Report on the bubonic plague in Bombay, 1896-1897
Year: 1896
Disease focus: Plague
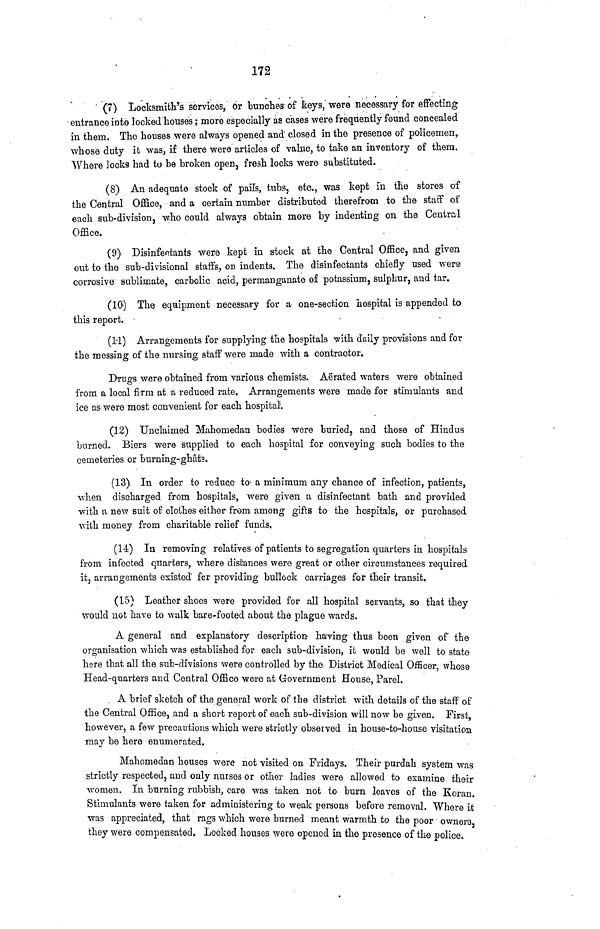
172
(7) Locksmith's services, or bunches of keys, were necessary for effecting
entrance into locked houses ; more especially as cases were frequently found concealed
in them. The houses were always opened and closed in the presence of policemen,
whose duty it was, if there were articles of value, to take an inventory of them.
Where locks had to be broken open, fresh locks were substituted.
(8) An adequate stock of pails, tubs, etc., was kept in the stores of
the Central Office, and a certain number distributed therefrom to the staff of
each sub-division, who could always obtain more by indenting on the Central
Office.
(9) Disinfentants were kept in stock at the Central Office, and given
out to the sub-divisional staffs, on indents. The disinfectants chiefly used were
corrosive sublimate, carbolic acid, permanganate of potassium, sulphur, and tar.
(10) The equipment necessary for a one-section hospital is appended to
this repart.
(11) Arrangements for supplying the hospitals with daily provisions and for
the messing of the nursing staff were made with a contractor.
Drugs were obtained from various chemists. Aerated waters were obtained
from a local firm at a reduced rate. Arrangements were made for stimulants and
ice as were most convenient for each hospital.
(12) Unclaimed Mabomedan bodies were buried, and those of Hindus
burned. Biers were supplied to each hospital for conveying such bodies to the
cemeteries or burning-ghâts.
(13) In order to reduce to a minimum any chance of infection, patients,
when discharged from hospitals, were given a disinfectant bath and provided
with a new suit of clothes either from among gifts to the hospitals, or purchased
with money from charitable relief funds.
(14) In removing relatives of patients to segregation quarters in hospitals
from infected quarters, where distances were great or other circumstances required
it, arrangements existed for providing bullock carriages for their transit.
(15) Leather shoes were provided for all hospital servants, so that they
would not have to walk bare-footed about the plague wards.
A general and explanatory description having thus been given of the
organisation which was established for each sub-division, it would be well to state
here that all the sub-divisions were controlled by the District Medical Officer, whose
Head-quarters and Central Office were at Government House, Parel.
A brief sketch of the general work of the district with details of the staff of
the Central Office, and a short report of each sub-division will now be given. First,
however, a few precautions which were strictly observed in house-to-house Visitation
may be here enumerated.
Mahomedan houses were not visited on Fridays. Their purdah system was
strictly respected, and only nurses or other ladies were allowed to examine their
women. In burning rubbish, care was taken not to burn leaves of the Koran.
Stimulants were taken for administering to weak persons before removal. Where it
was appreciated, that rags which were burned meant warmth to the poor owners,
they were compensated. Locked houses were opened in the presence of the police.